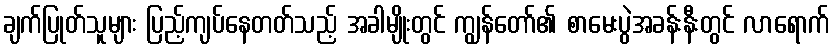
ချက်ပြုတ်သူများ ပြည့်ကျပ်နေတတ်သည့် အခါမျိုးတွင် ကျွန်တော်၏ စာမေးပွဲအခန်းနီးတွင် လာရောက်